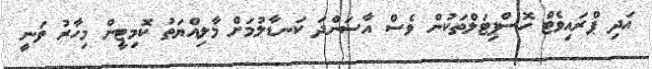
އަދި ޕްރައިވެޓް ހޮސްޕިޓަލްތަކުން ވެސް އާސަންދަ ކަނޑާލުމަށް މާލިއްޔަތު ކޮމިޓީން މިހާރު ވަނީ